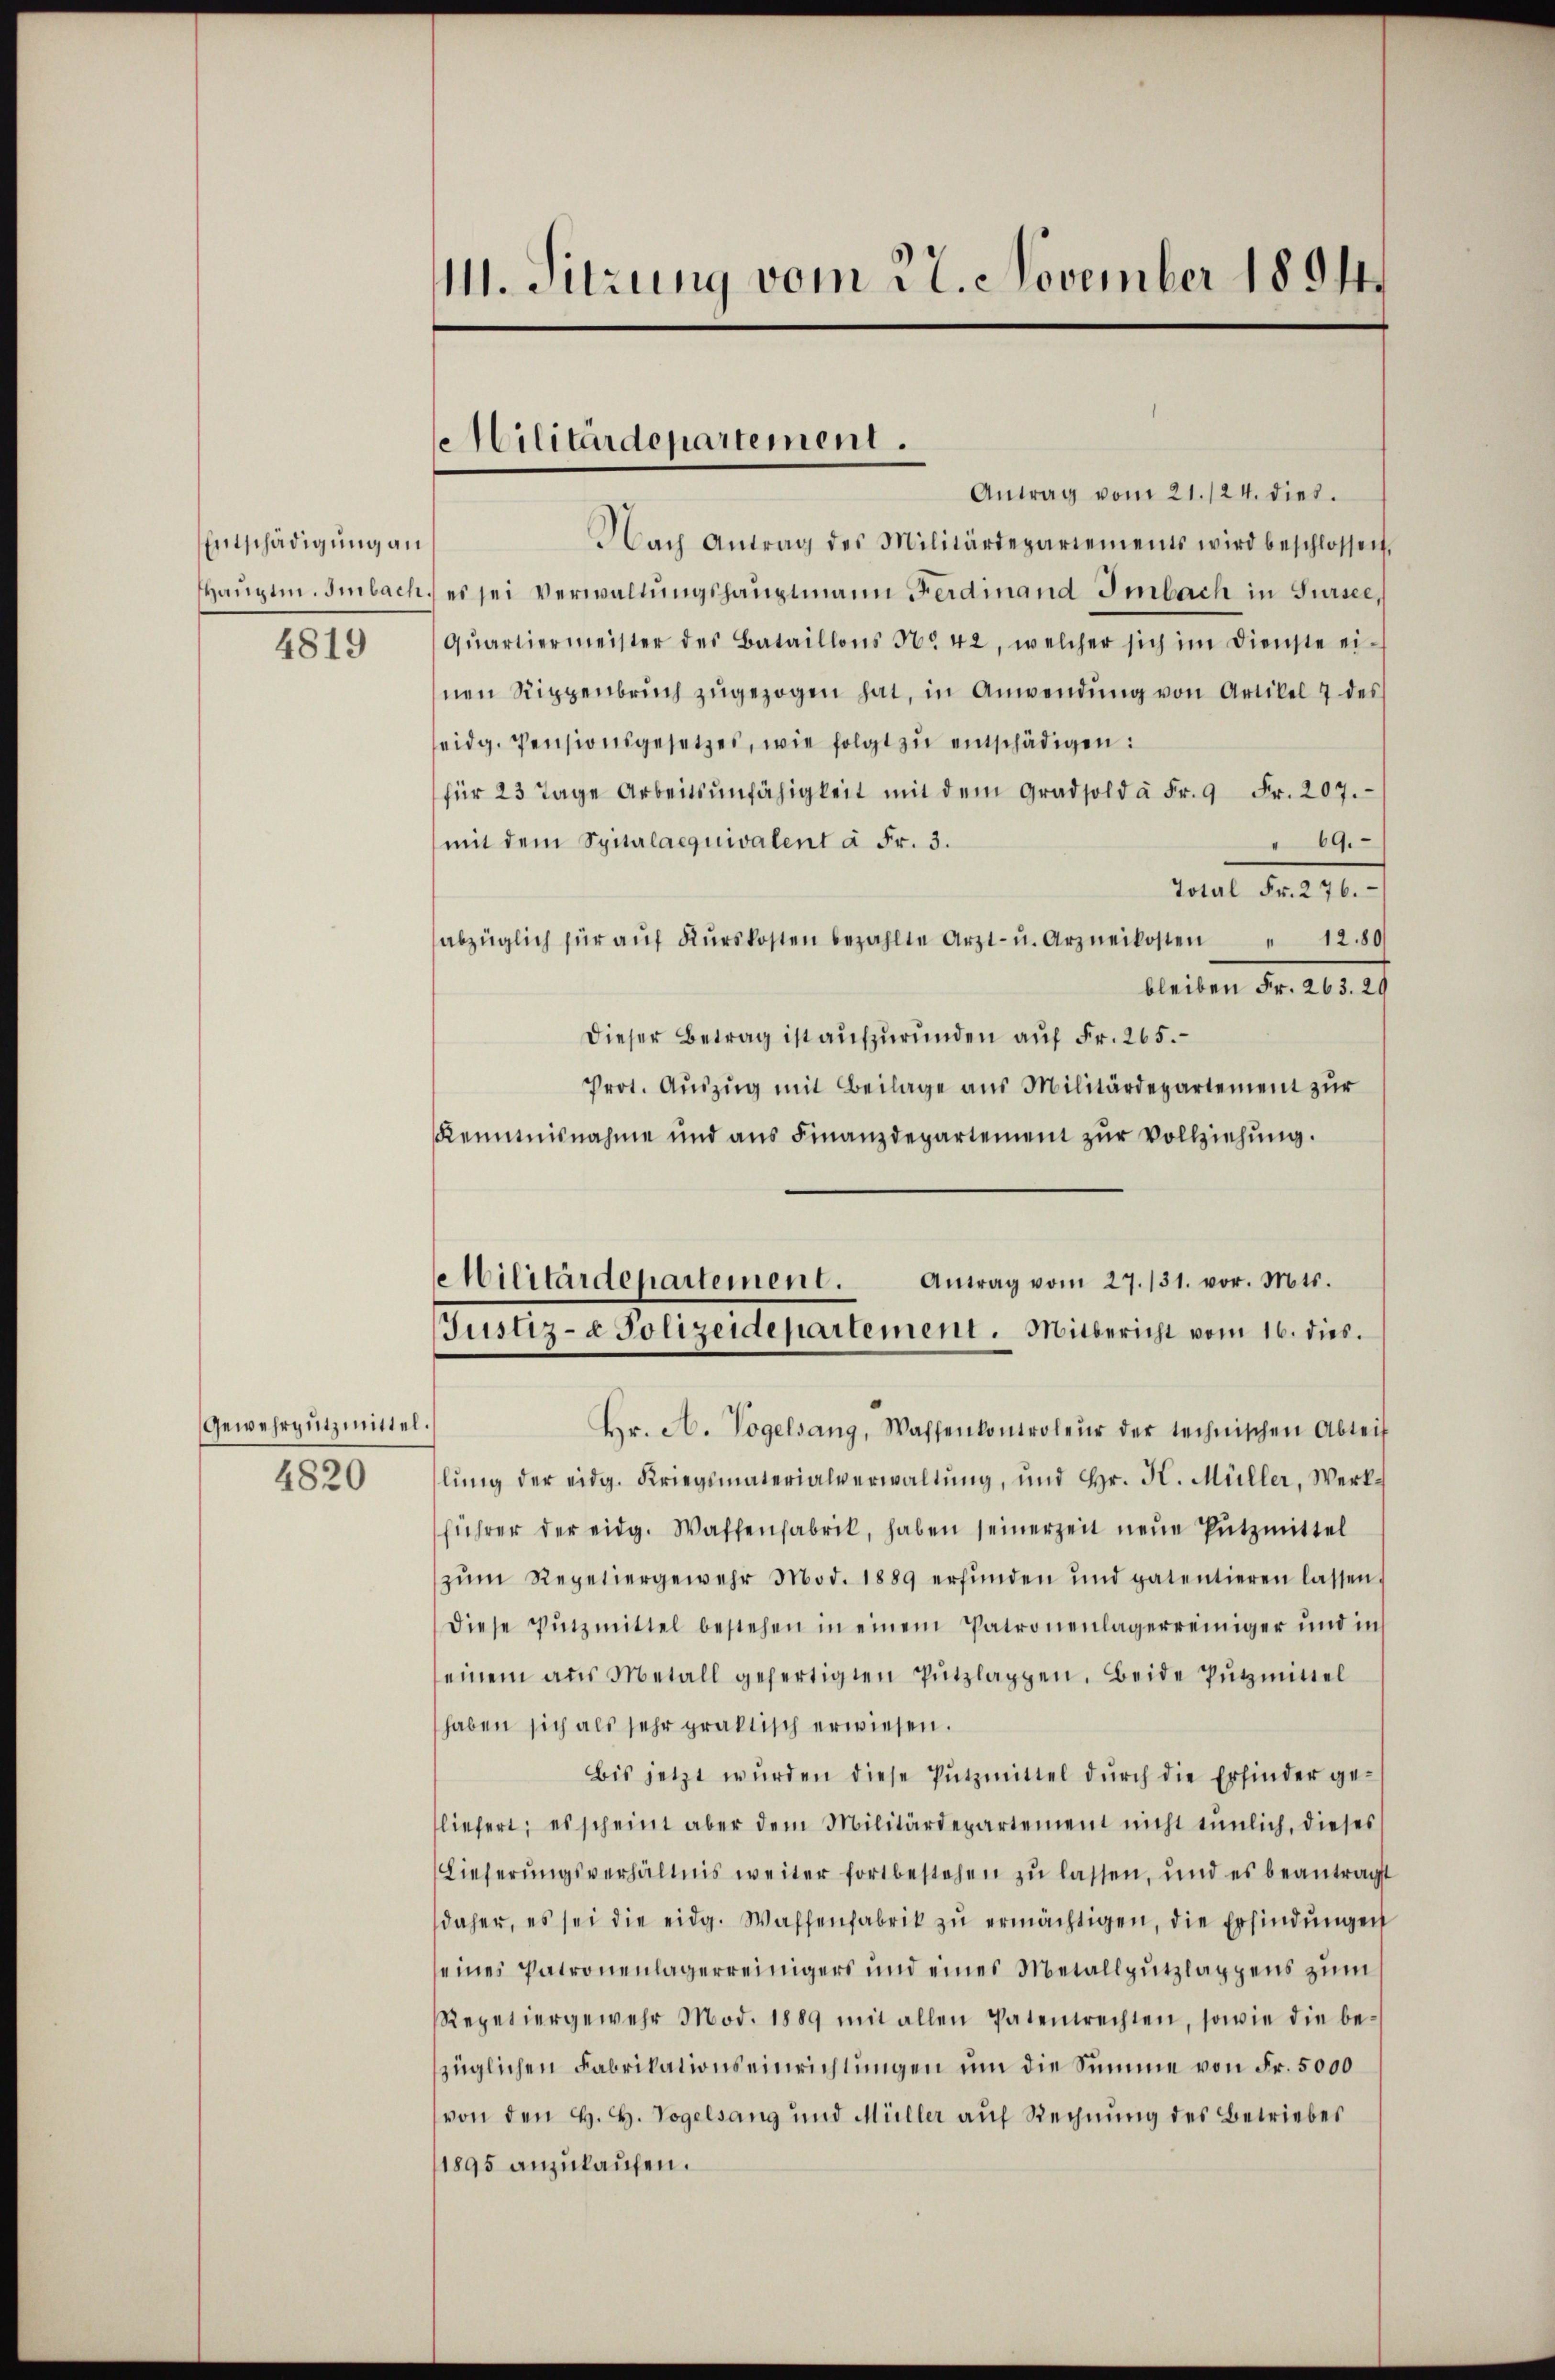
Entschädigung an
4819

Gewehrputzmittel
4820

11. Sitzung vom 22. November 1894.

Militärdepartement.

Antrag vom 21./24. dies.
Nach Antrag des Militärdepariements wird beschlossen,
Hauptm. Imbach, es sei Verwaltungshauptmann Ferdinand Imbach in Sursee,
Qŭartiermeister des Bataillons No 42, welcher sich im Dienste ei-
nen Rippenbruch zŭgezogen hat, in Anwendŭng von Artikel 7 des
eidg. Pensionsgesetzes, wie folgt zu entschädigen:
für 23 Tage Arbeitsunfähigkeit mit dem Gradsold à Fr. 9 Fr. 207.
mit dem Spitalaequivalent à Fr. 3.
" 69.
Total Fr. 276.
abzüglich für aŭf Kŭrskosten bezahlte Arzt- u. Arzneikosten " 1280
bleiben Fr. 263. 29
Dieser Betrag ist aufzurunden auf Fr. 265.
Prot. Auszug mit Beilage aus Militärdepartement zur
Reimisnahme und ans Finanzdepartement zŭr Vollziehŭng.
Hr. A. Vogelsang, Waffenkontroleur der technischen Abteif
lŭng der eidg. Kriegsmaterialverwaltung, und Hr. H. Müller, Werkführer der eidg. Waffenfabrik, haben seinerzeit neue Putzmittel
zŭm Repetiergewehr Mod. 1889 erfŭnden und patentieren lassen.
diese Putzmittel bestehen in einem Patronenlagerreiniger und in
seinem aŭs Metall gefertigten Pŭtzlappen. Beide Putzmittel
haben sich als sehr praktisch erwiesen.
Bis jetzt wŭrden diese Pŭtzmittel dŭrch die Erfinder ge-
liefert; es scheint aber dem Militärdepartement nicht tümlich, dieses
Lieferŭngsverhältnis weiter fortbestehen zŭ lassen, und es beantragt
daher, es sei die eidg. Waffenfabrik zu ermächtigen, die Erfindungen
seines Patronenlagerreinigers und eines Metallputzlappens zum
Repetiergewehr Mod. 1889 mit allen Patentrechten, sowie die be-
züglichen Fabrikationseinrichtungen um die Summe von Fr. 5000
von den H. H. Vogelsang und Müller auf Rechnung des Betriebes
1895 anzukaufen.

Militärdepartement.
Antrag vom 27. 131. vor. Mts.
Justiz- & Polizeidepartement. Mitbericht vom 16. dies.